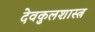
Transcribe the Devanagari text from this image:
देवकुलशास्त्र